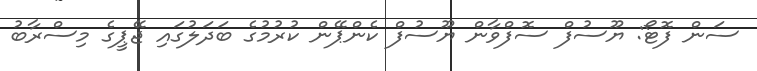
ސަން ފޮޓޯ: ޔޫސުފް ސޮފްވާން ޔޫސުފް ކެންޕޭން ކުރުމުގެ ބަދަލުގައި ޖޭޕީގެ މިސްރާބު